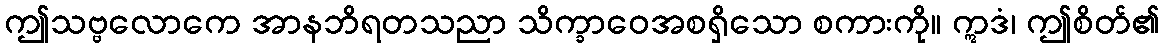
ဤသဗ္ဗလောကေ အာနဘိရတသညာ သိက္ခာဝေအစရှိသော စကားကို။ ဣဒံ၊ ဤစိတ်၏